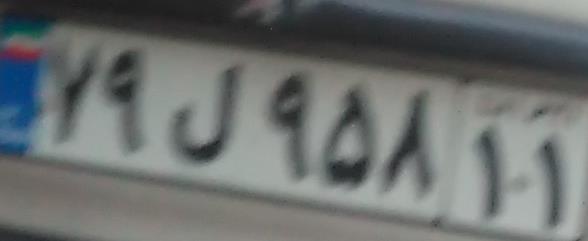
۷۹ل۹۵۸۱۱